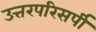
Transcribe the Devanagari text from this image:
उत्तरपरिसर्पी